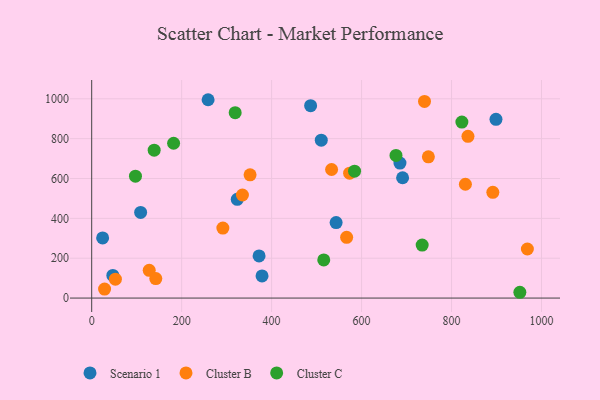
{"axis": {"x": "Engine Size", "y": "Exam Score"}, "legend": ["Cluster B", "Cluster C", "Scenario 1"], "data": [{"x": "543.4", "y": 378.9, "type": "Scenario 1"}, {"x": "372.1", "y": 211.5, "type": "Scenario 1"}, {"x": "510.4", "y": 792.4, "type": "Scenario 1"}, {"x": "323.6", "y": 495.6, "type": "Scenario 1"}, {"x": "47.0", "y": 113.7, "type": "Scenario 1"}, {"x": "486.7", "y": 965.4, "type": "Scenario 1"}, {"x": "378.7", "y": 111.2, "type": "Scenario 1"}, {"x": "108.8", "y": 429.9, "type": "Scenario 1"}, {"x": "258.8", "y": 995.3, "type": "Scenario 1"}, {"x": "691.2", "y": 603.9, "type": "Scenario 1"}, {"x": "898.8", "y": 897.1, "type": "Scenario 1"}, {"x": "685.3", "y": 677.2, "type": "Scenario 1"}, {"x": "24.3", "y": 301.9, "type": "Scenario 1"}, {"x": "52.7", "y": 94.9, "type": "Cluster B"}, {"x": "748.5", "y": 708.6, "type": "Cluster B"}, {"x": "291.6", "y": 351.1, "type": "Cluster B"}, {"x": "28.6", "y": 45.3, "type": "Cluster B"}, {"x": "566.8", "y": 304.7, "type": "Cluster B"}, {"x": "533.3", "y": 645.1, "type": "Cluster B"}, {"x": "573.4", "y": 626.7, "type": "Cluster B"}, {"x": "335.1", "y": 517.1, "type": "Cluster B"}, {"x": "127.9", "y": 139.3, "type": "Cluster B"}, {"x": "968.6", "y": 246.3, "type": "Cluster B"}, {"x": "142.5", "y": 97.9, "type": "Cluster B"}, {"x": "830.8", "y": 571.1, "type": "Cluster B"}, {"x": "739.9", "y": 986.8, "type": "Cluster B"}, {"x": "352.1", "y": 618.4, "type": "Cluster B"}, {"x": "891.8", "y": 530.5, "type": "Cluster B"}, {"x": "836.5", "y": 811.6, "type": "Cluster B"}, {"x": "676.5", "y": 716.0, "type": "Cluster C"}, {"x": "584.4", "y": 636.8, "type": "Cluster C"}, {"x": "951.9", "y": 29.1, "type": "Cluster C"}, {"x": "734.7", "y": 266.1, "type": "Cluster C"}, {"x": "182.1", "y": 776.8, "type": "Cluster C"}, {"x": "319.0", "y": 930.3, "type": "Cluster C"}, {"x": "515.9", "y": 191.5, "type": "Cluster C"}, {"x": "97.3", "y": 611.5, "type": "Cluster C"}, {"x": "138.9", "y": 742.2, "type": "Cluster C"}, {"x": "823.0", "y": 883.4, "type": "Cluster C"}]}